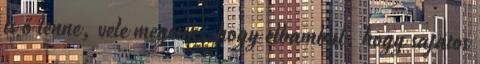
is ő lenne, vele megesik, hogy elbambul, hogy sajátos